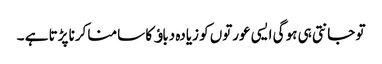
تو جانتی ہی ہو گی ایسی عورتوں کو زیادہ دباﺅ کا سامنا کرنا پڑتا ہے ۔